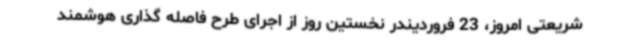
شریعتی امروز، 23 فروردیندر نخستین روز از اجرای طرح فاصله گذاری هوشمند